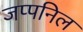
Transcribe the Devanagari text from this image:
जप्पनिल